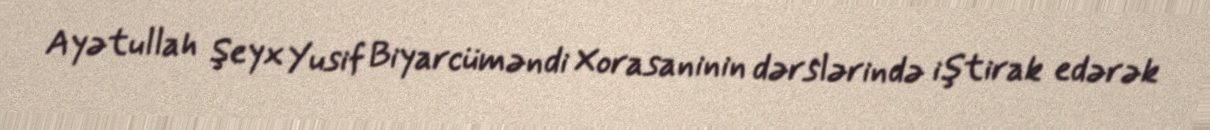
Ayətullah Şeyx Yusif Biyarcüməndi Xorasaninin dərslərində iştirak edərək